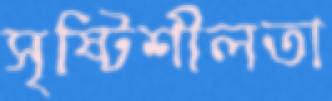
সৃষ্টিশীলতা